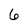
Character: 6